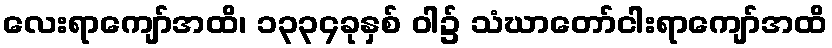
လေးရာကျော်အထိ၊ ၁၃၃၄ခုနှစ် ဝါ၌ သံဃာတော်ငါးရာကျော်အထိ